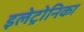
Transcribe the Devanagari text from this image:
इलेट्रोनिका